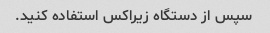
سپس از دستگاه زیراکس استفاده کنید.